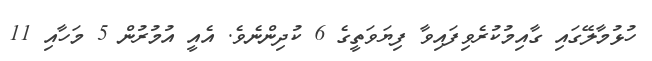
ހުޅުމާލޭގައި ގާއިމުކުރެވިފައިވާ ފިޔަވަތީގެ 6 ކުދިންނެވެ. އެއީ އުމުރުން 5 މަހާއި 11